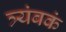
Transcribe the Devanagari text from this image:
त्र्यंबकं